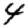
Digit: 4